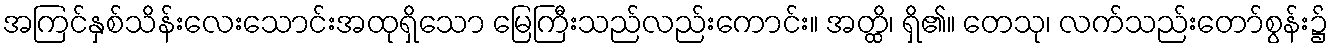
အကြင်နှစ်သိန်းလေးသောင်းအထုရှိသော မြေကြီးသည်လည်းကောင်း။ အတ္ထိ၊ ရှိ၏။ တေသု၊ လက်သည်းတော်စွန်း၌